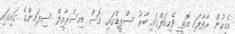
އެމީހުން ރާވާފައި އޮތީ ވެހިކަލްގައި ބާރު ސްޕީޑްގައި ގޮސް އިސްރާއީލް ސިފައިންގެ ގައިގައި